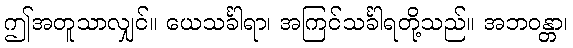
ဤအတူသာလျှင်။ ယေသင်္ခါရာ၊ အကြင်သင်္ခါရတို့သည်။ အဘဝန္တာ၊